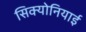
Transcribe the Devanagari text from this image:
सिक्योनियाई